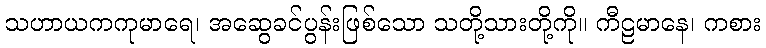
သဟာယကကုမာရေ၊ အဆွေခင်ပွန်းဖြစ်သော သတို့သားတို့ကို။ ကီဠမာနေ၊ ကစား